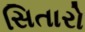
સિતારો